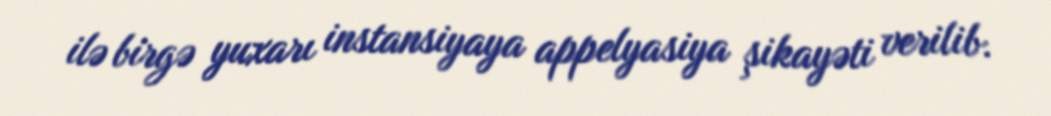
ilə birgə yuxarı instansiyaya appelyasiya şikayəti verilib.